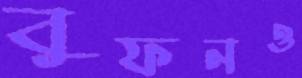
বুফনও